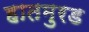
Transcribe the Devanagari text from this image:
हातमुरड